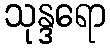
သုန္ဒရော